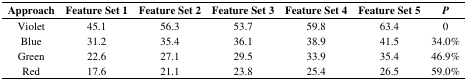
<table><thead><tr><td><b>Approach</b></td><td><b>Feature Set 1</b></td><td><b>Feature Set 2</b></td><td><b>Feature Set 3</b></td><td><b>Feature Set 4</b></td><td><b>Feature Set 5</b></td><td><b><i>P</i></b></td></tr></thead><tbody><tr><td>Violet</td><td>45.1</td><td>56.3</td><td>53.7</td><td>59.8</td><td>63.4</td><td>0</td></tr><tr><td>Blue</td><td>31.2</td><td>35.4</td><td>36.1</td><td>38.9</td><td>41.5</td><td>34.0%</td></tr><tr><td>Green</td><td>22.6</td><td>27.1</td><td>29.5</td><td>33.9</td><td>35.4</td><td>46.9%</td></tr><tr><td>Red</td><td>17.6</td><td>21.1</td><td>23.8</td><td>25.4</td><td>26.5</td><td>59.0%</td></tr></tbody></table>